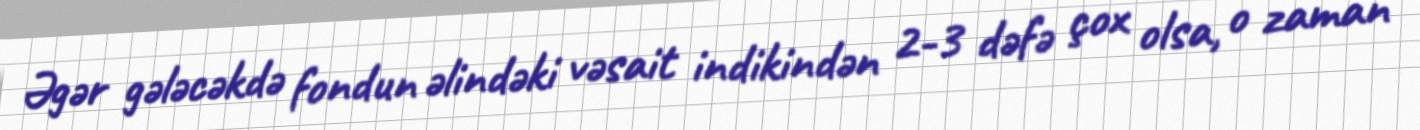
Əgər gələcəkdə fondun əlindəki vəsait indikindən 2-3 dəfə çox olsa, o zaman